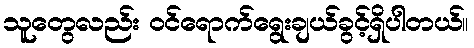
သူတွေလည်း ဝင်ရောက်ရွေးချယ်ခွင့်ရှိပါတယ်။